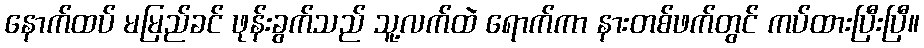
နောက်ထပ် မမြည်ခင် ဖုန်းခွက်သည် သူ့လက်ထဲ ရောက်ကာ နားတစ်ဖက်တွင် ကပ်ထားပြီးပြီ။